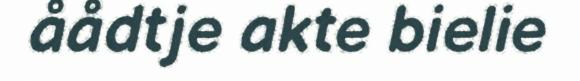
åådtje akte bielie